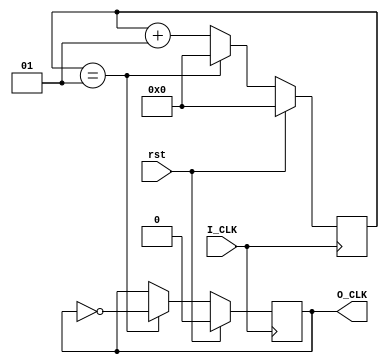
`timescale 1ns / 1ps

//25MHZ

module Divider_25MHZ(
    input I_CLK,
    input rst,
    output reg O_CLK
    );
    integer i=0;
    parameter num=2;
    always @ (posedge I_CLK)
    begin
    if(rst==1)
        begin
        O_CLK<=0;
        i<=0;
        end
    else
    begin
        if(i==num-1)
        begin
        O_CLK<=~O_CLK;
        i<=0;
        end//end reset num
        else
        i<=i+1;
    end//end rst==0
    end//end always
endmodule